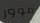
موور